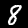
Digit: 8